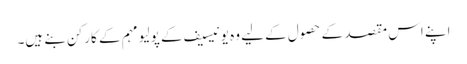
اپنے اس مقصد کے حصول کے لیے وہ یونیسیف کے پولیو مہم کے کارکن بنے ہیں۔